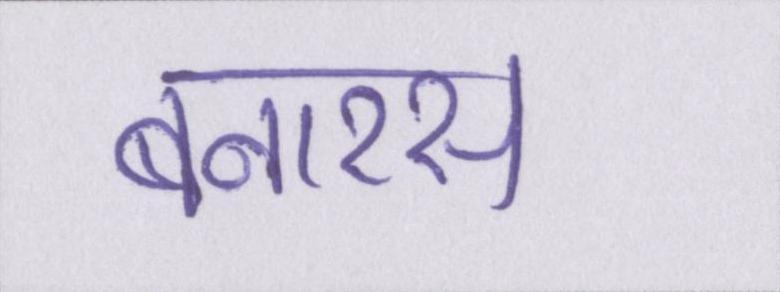
बनारस